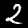
Label: 2